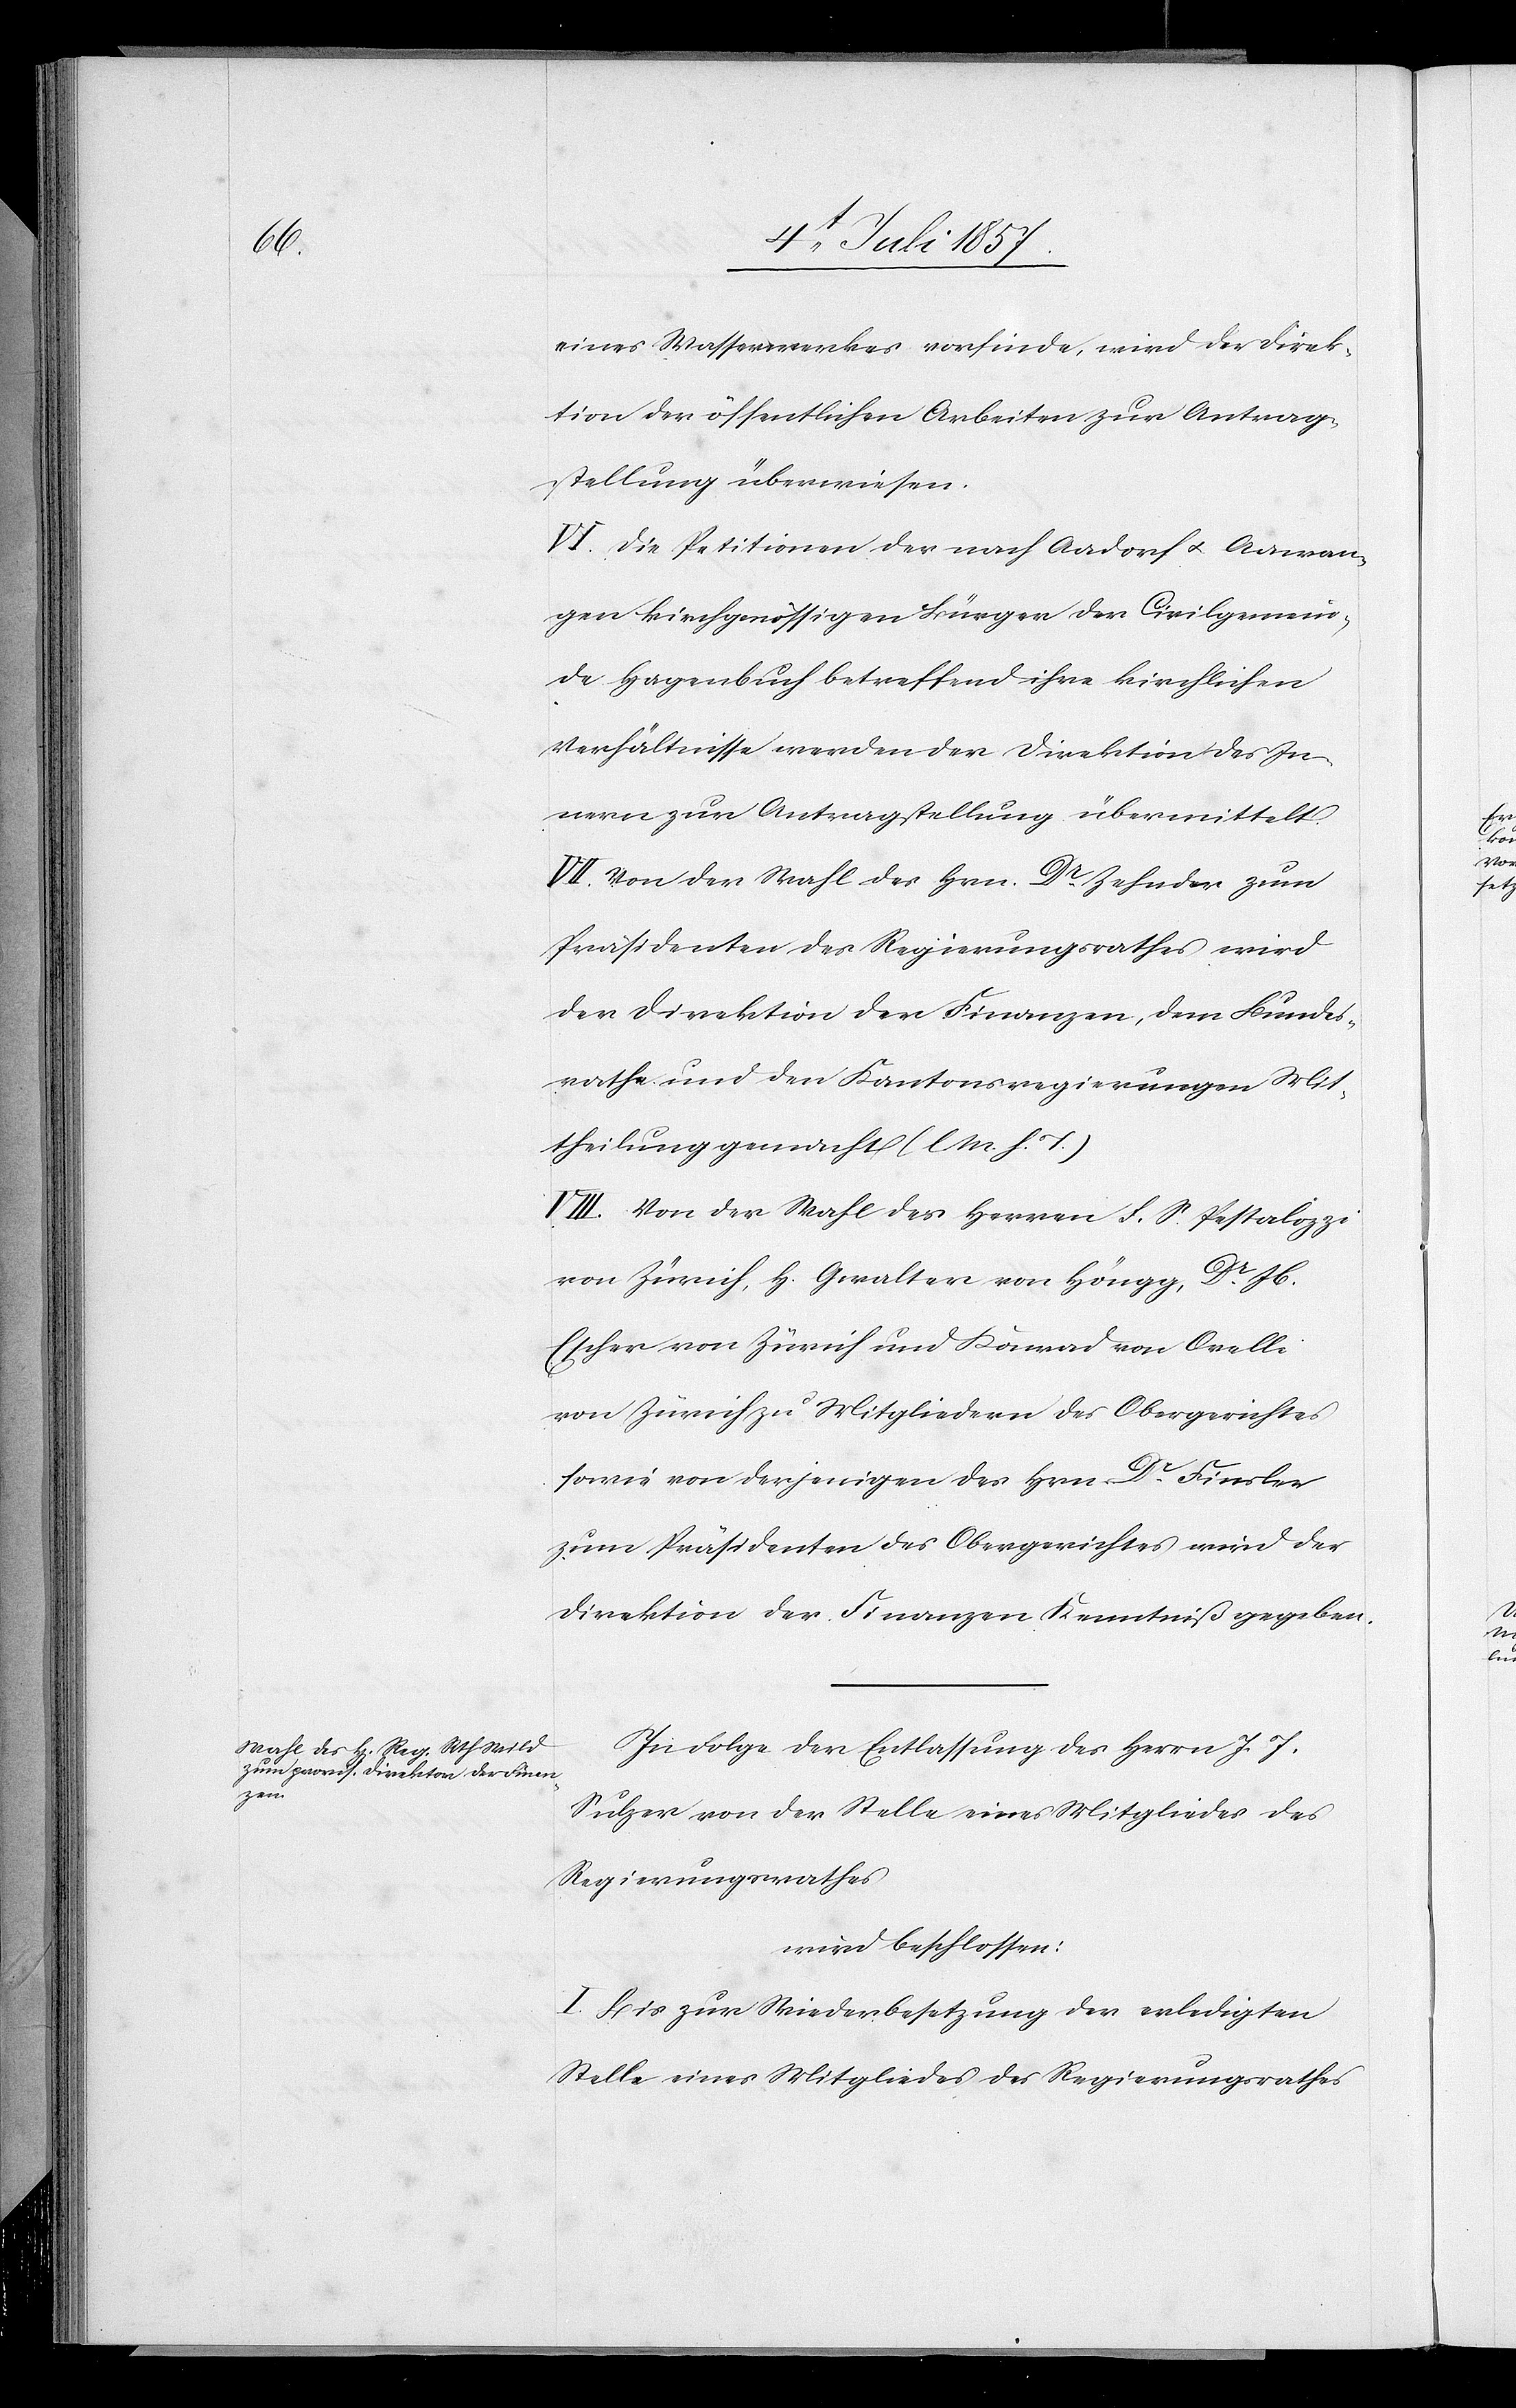
eines Wasserwerkes vorfinde, wird der Direk¬
tion der öffentlichen Arbeiten zur Antrag¬
stellung überwiesen.
VI. Die Petitionen der nach Aadorf & Aawan¬
gen kirchgenössigen Bürger der Civilgemein¬
de Hagenbuch betreffend ihre kirchlichen
Verhältnisse werden der Direktion des In¬
nern zur Antragstellung übermittelt.
VII. Von der Wahl des Hrn. Dr Zehnder zum
Präsidenten des Regierungsrathes wird
der Direktion der Finanzen, dem Bundes¬
rathe und den Kantonsregierungen Mit¬
theilung gemacht. [l. M. h. T]
VIII. Von der Wahl des Herren F. S. Pestalozzi
von Zürich, H[errn] Geralter von Höngg, Dr Jb.
Escher von Zürich und Konrad von Orelli
von Zürich zu Mitgliedern des Obergerichtes
sowie von derjenigen des Hrn. Dr Finsler
zum Präsidenten des Obergerichtes wird der
Direktion der Finanzen Kenntniß gegeben.
In Folge der Entlassung des Herrn J. J.
Sulzer von der Stelle eines Mitgliedes des
Regierungsrathes
wird beschlossen:
I. Bis zur Wiederbesetzung der erledigten
Stelle eines Mitgliedes des Regierungsrathes